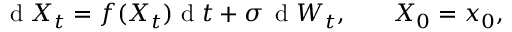
\small \mathrm { ~ d ~ } X _ { t } = f ( X _ { t } ) \mathrm { ~ d ~ } t + \sigma \, \mathrm { ~ d ~ } W _ { t } , \qquad X _ { 0 } = x _ { 0 } ,